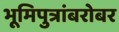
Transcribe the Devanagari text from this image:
भूमिपुत्रांबरोबर